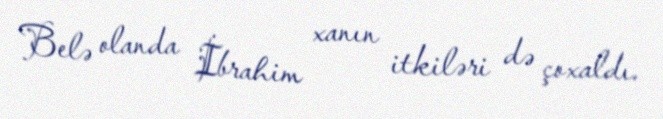
Belə olanda İbrahim xanın itkiləri də çoxaldı.